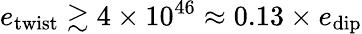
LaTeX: e_{\mathrm{twist}}\gtrsim 4\times 10^{46}\approx 0.13\times e_{\mathrm{dip}}